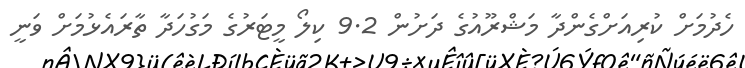
ހެދުމަށް ކުރިއަށްގެންދާ މަޝްރޫއުގެ ދަށުން 9.2 ކިލޯ މީޓަރުގެ މަގުހަދާ ތާރައެޅުމަށް ވަނީ